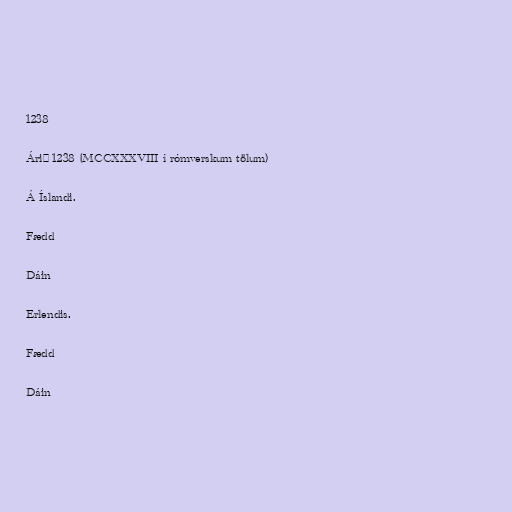
1238

Árið 1238 (MCCXXXVIII í rómverskum tölum)

Á Íslandi.

Fædd

Dáin

Erlendis.

Fædd

Dáin